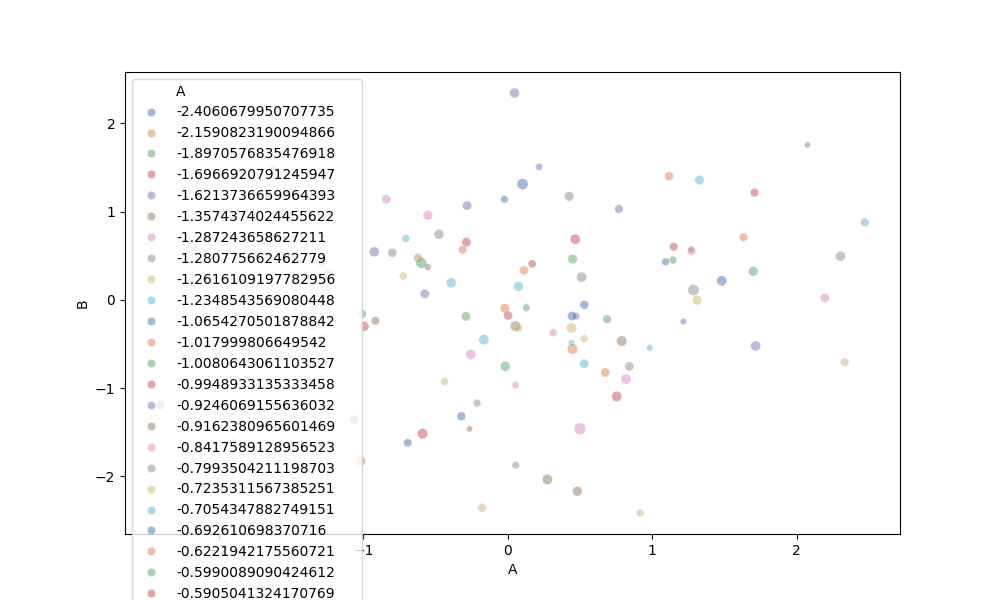
python, seaborn, scatterplot, hue='A', style='None', size='C', palette='deep', alpha=0.5